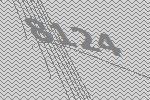
8124